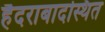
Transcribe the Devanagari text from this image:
हैदराबादस्थित